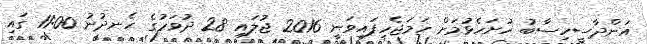
އަންދާސީހިސާބު ހުށަހެޅުމަށް ހަމަޖެހިފައިވަނީ 2016 ޖުލައި 28 ދުވަހުގެ ހެނދުނު 11:00 ގައި